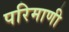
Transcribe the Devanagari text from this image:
परिमाणी